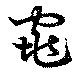
窕